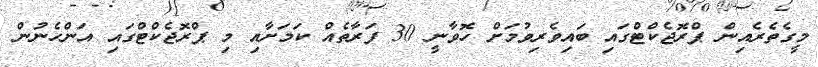
މީގެތެރެއިން ޕްރޮޖެކްޓްގައި ބައިވެރިވުމަށް ހޮވާނީ 30 ފަރާތެއް ކަމަށާއި މި ޕްރޮޖެކްޓްގައި އަންހެނުން